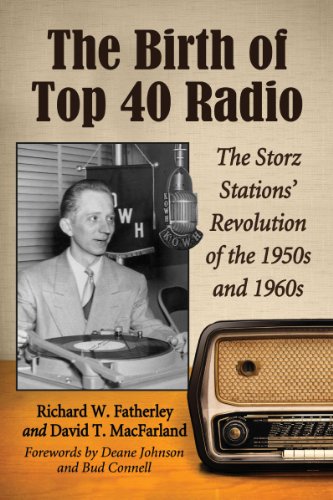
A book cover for The Birth of Top 40 Radio: The Storz Stations' Revolution of the 1950s and 1960s; Richard W. Fatherley; Humor & Entertainment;